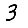
Digit: 3